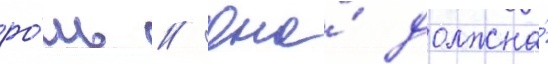
ро́ль // Она́ должна́